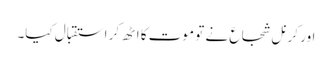
اور کرنل شجاع نے تو موت کا اٹھ کر استقبال کیا۔